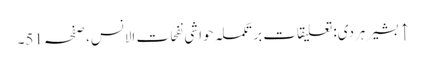
↑ بشیر ہردی: تعلیقات بر تکملہ حواشی نفحات الانس، صفحہ 51۔